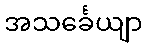
အသင်္ခေယျာ